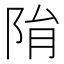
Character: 𨹆